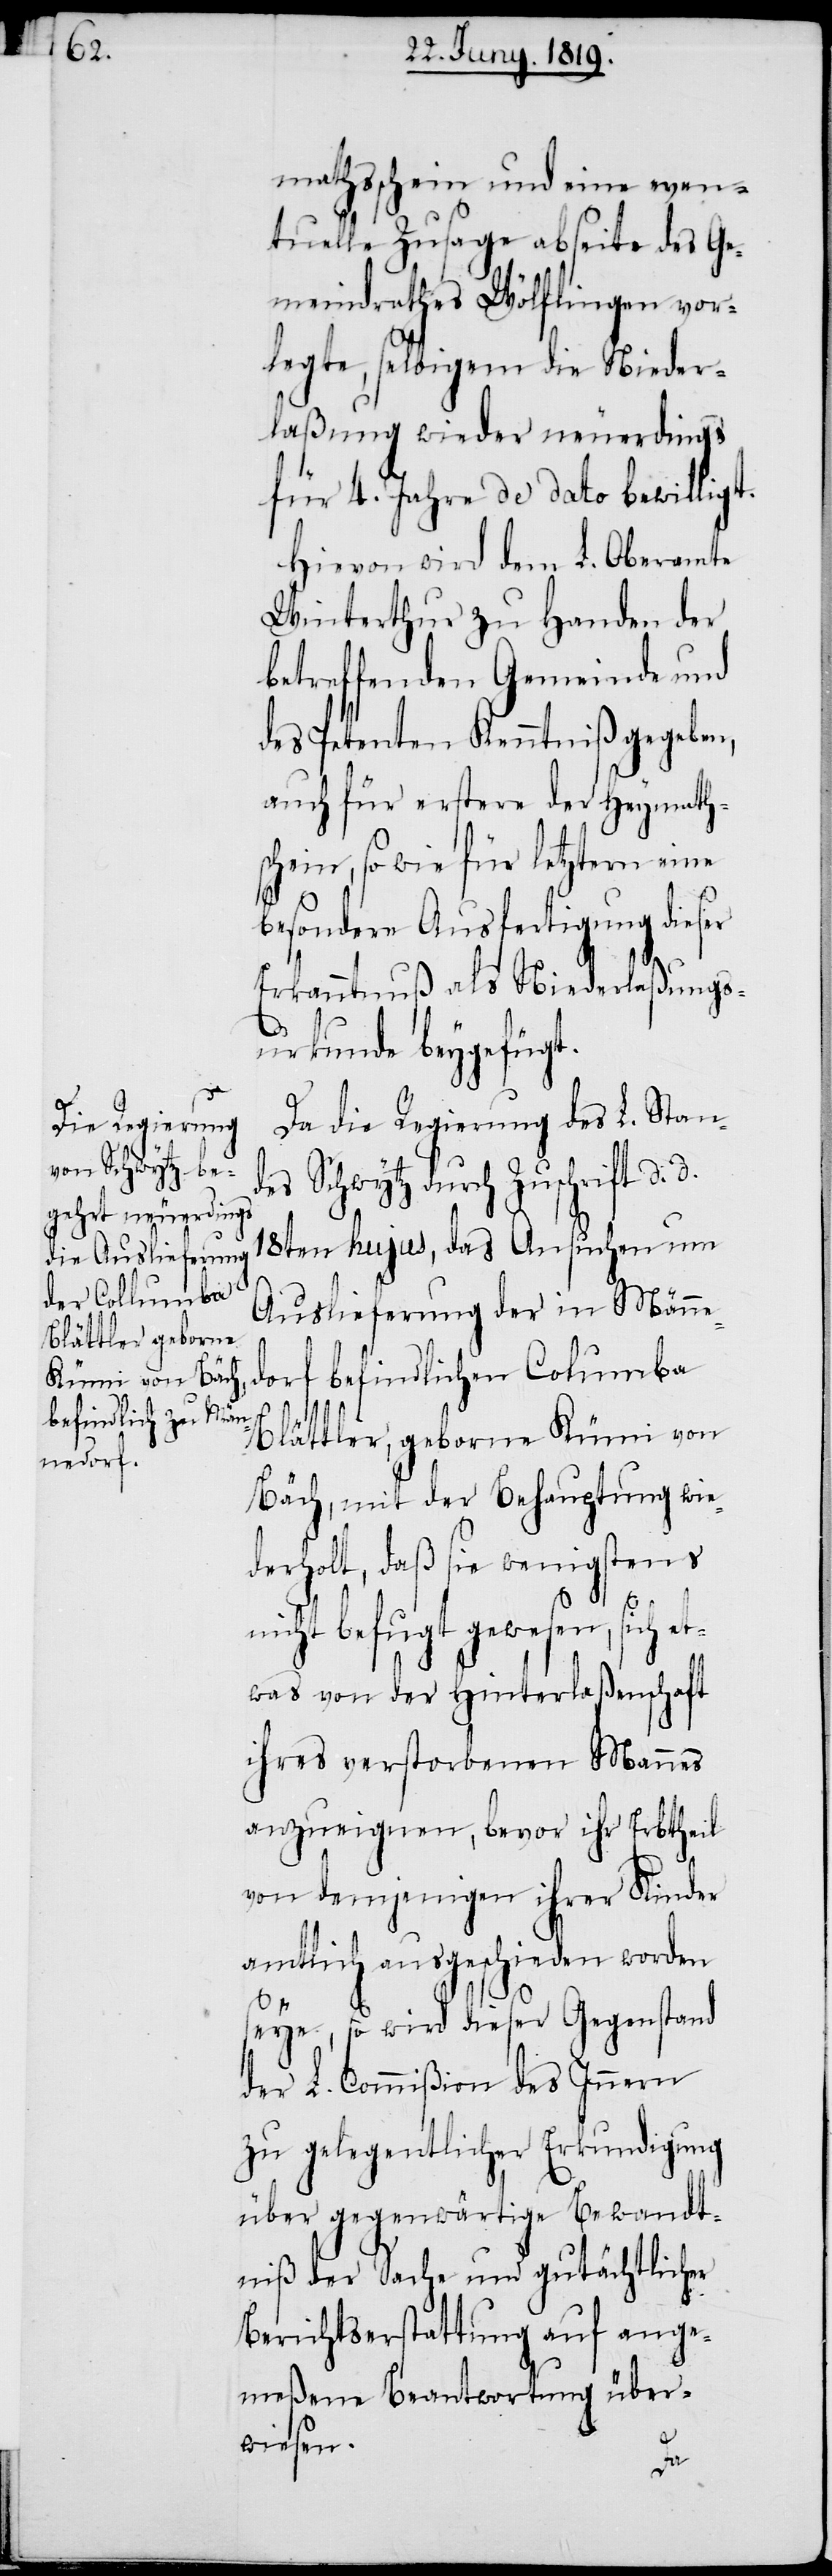
mathsschein und eine even¬
tuelle Zusage abseite des Ge¬
meindrathes Wölflingen vor¬
legte, selbigem die Nieder¬
laßung wieder neuerdings
für 4. Jahre de dato bewilligt.
Hievon wird dem L. Oberamte
Winterthur zu Handen der
betreffenden Gemeinde und
des Petenten Kenntniß gegeben,
auch für erstere der Heymath¬
schein, so wie für letztern eine
besondere Ausfertigung dieser
Erkanntnuß als Niederlaßungs¬
urkunde beygefügt.
Da die Regierung des L. Stand¬
es durch Zuschrift d. d.
18ten hujus, das Ansuchen um
Auslieferung der in Männe¬
befindlichen Columba
dorf
Blättler, geborne Kümi von
Bäch, mit der Behauptung wie¬
derholt, daß sie wenigstens
nicht befugt gewesen, sich e¬
twas von der Hinterlaßenschaft
ihres verstorbenen Mannes
anzueignen, bevor ihr Erbtheil
von demjenigen ihrer Kinder
amtlich ausgeschieden worden
seye, so wird dieser Gegenstand
der L. Commißion des Innern
zu gelegentlicher Erkundigung
über gegenwärtige Bewandt¬
niß der Sache und gutächtlicher
Berichtserstattung auf ange¬
meßene Beantwortung üer¬
wiesen.